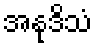
အနုဒိသံ